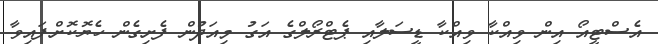
އެސްޓީއޯ އިން ވިއްކާ ވިއްކާ ޑީސަލާއި ޕެޓްރޯލްގެ އަގު މިއަދުން ފެށިގެން ހެޔޮކޮށްފައިވާ